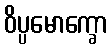
ဝိပ္ပမောက္ခော